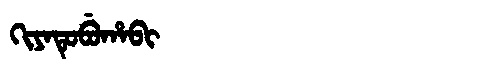
Manchu: ᡴᡳᠶᠠᡨᡠᠪᡠᡥᠠᠪᡳ
Romanization: KIYATUBUHABI